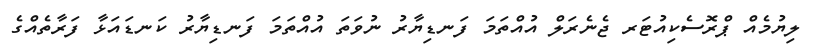
ލިޔުމެއް ޕްރޮސެކިއުޓަރ ޖެނެރަލް އުއްތަމަ ފަނޑިޔާރު ނުވަތަ އުއްތަމަ ފަނޑިޔާރު ކަނޑައަޅާ ފަރާތެއްގެ